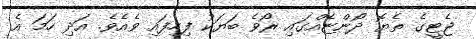
ޖެޓީގެ ތެޔޮ ދޯންޏެއްގައި ރޯވެ ބަޔަކު ފިހިފައި ވެއެވެ. އަދި ހަމަ އެ